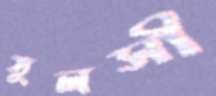
তুলসী